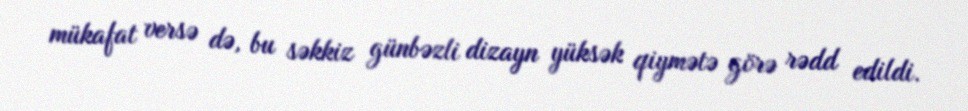
mükafat versə də, bu səkkiz günbəzli dizayn yüksək qiymətə görə rədd edildi.